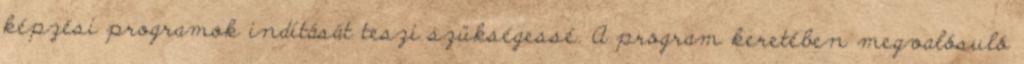
képzési programok indítását teszi szükségessé. A program keretében megvalósuló